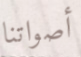
أصواتنا